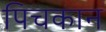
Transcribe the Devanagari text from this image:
पिचकान